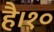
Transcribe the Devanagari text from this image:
है।१०